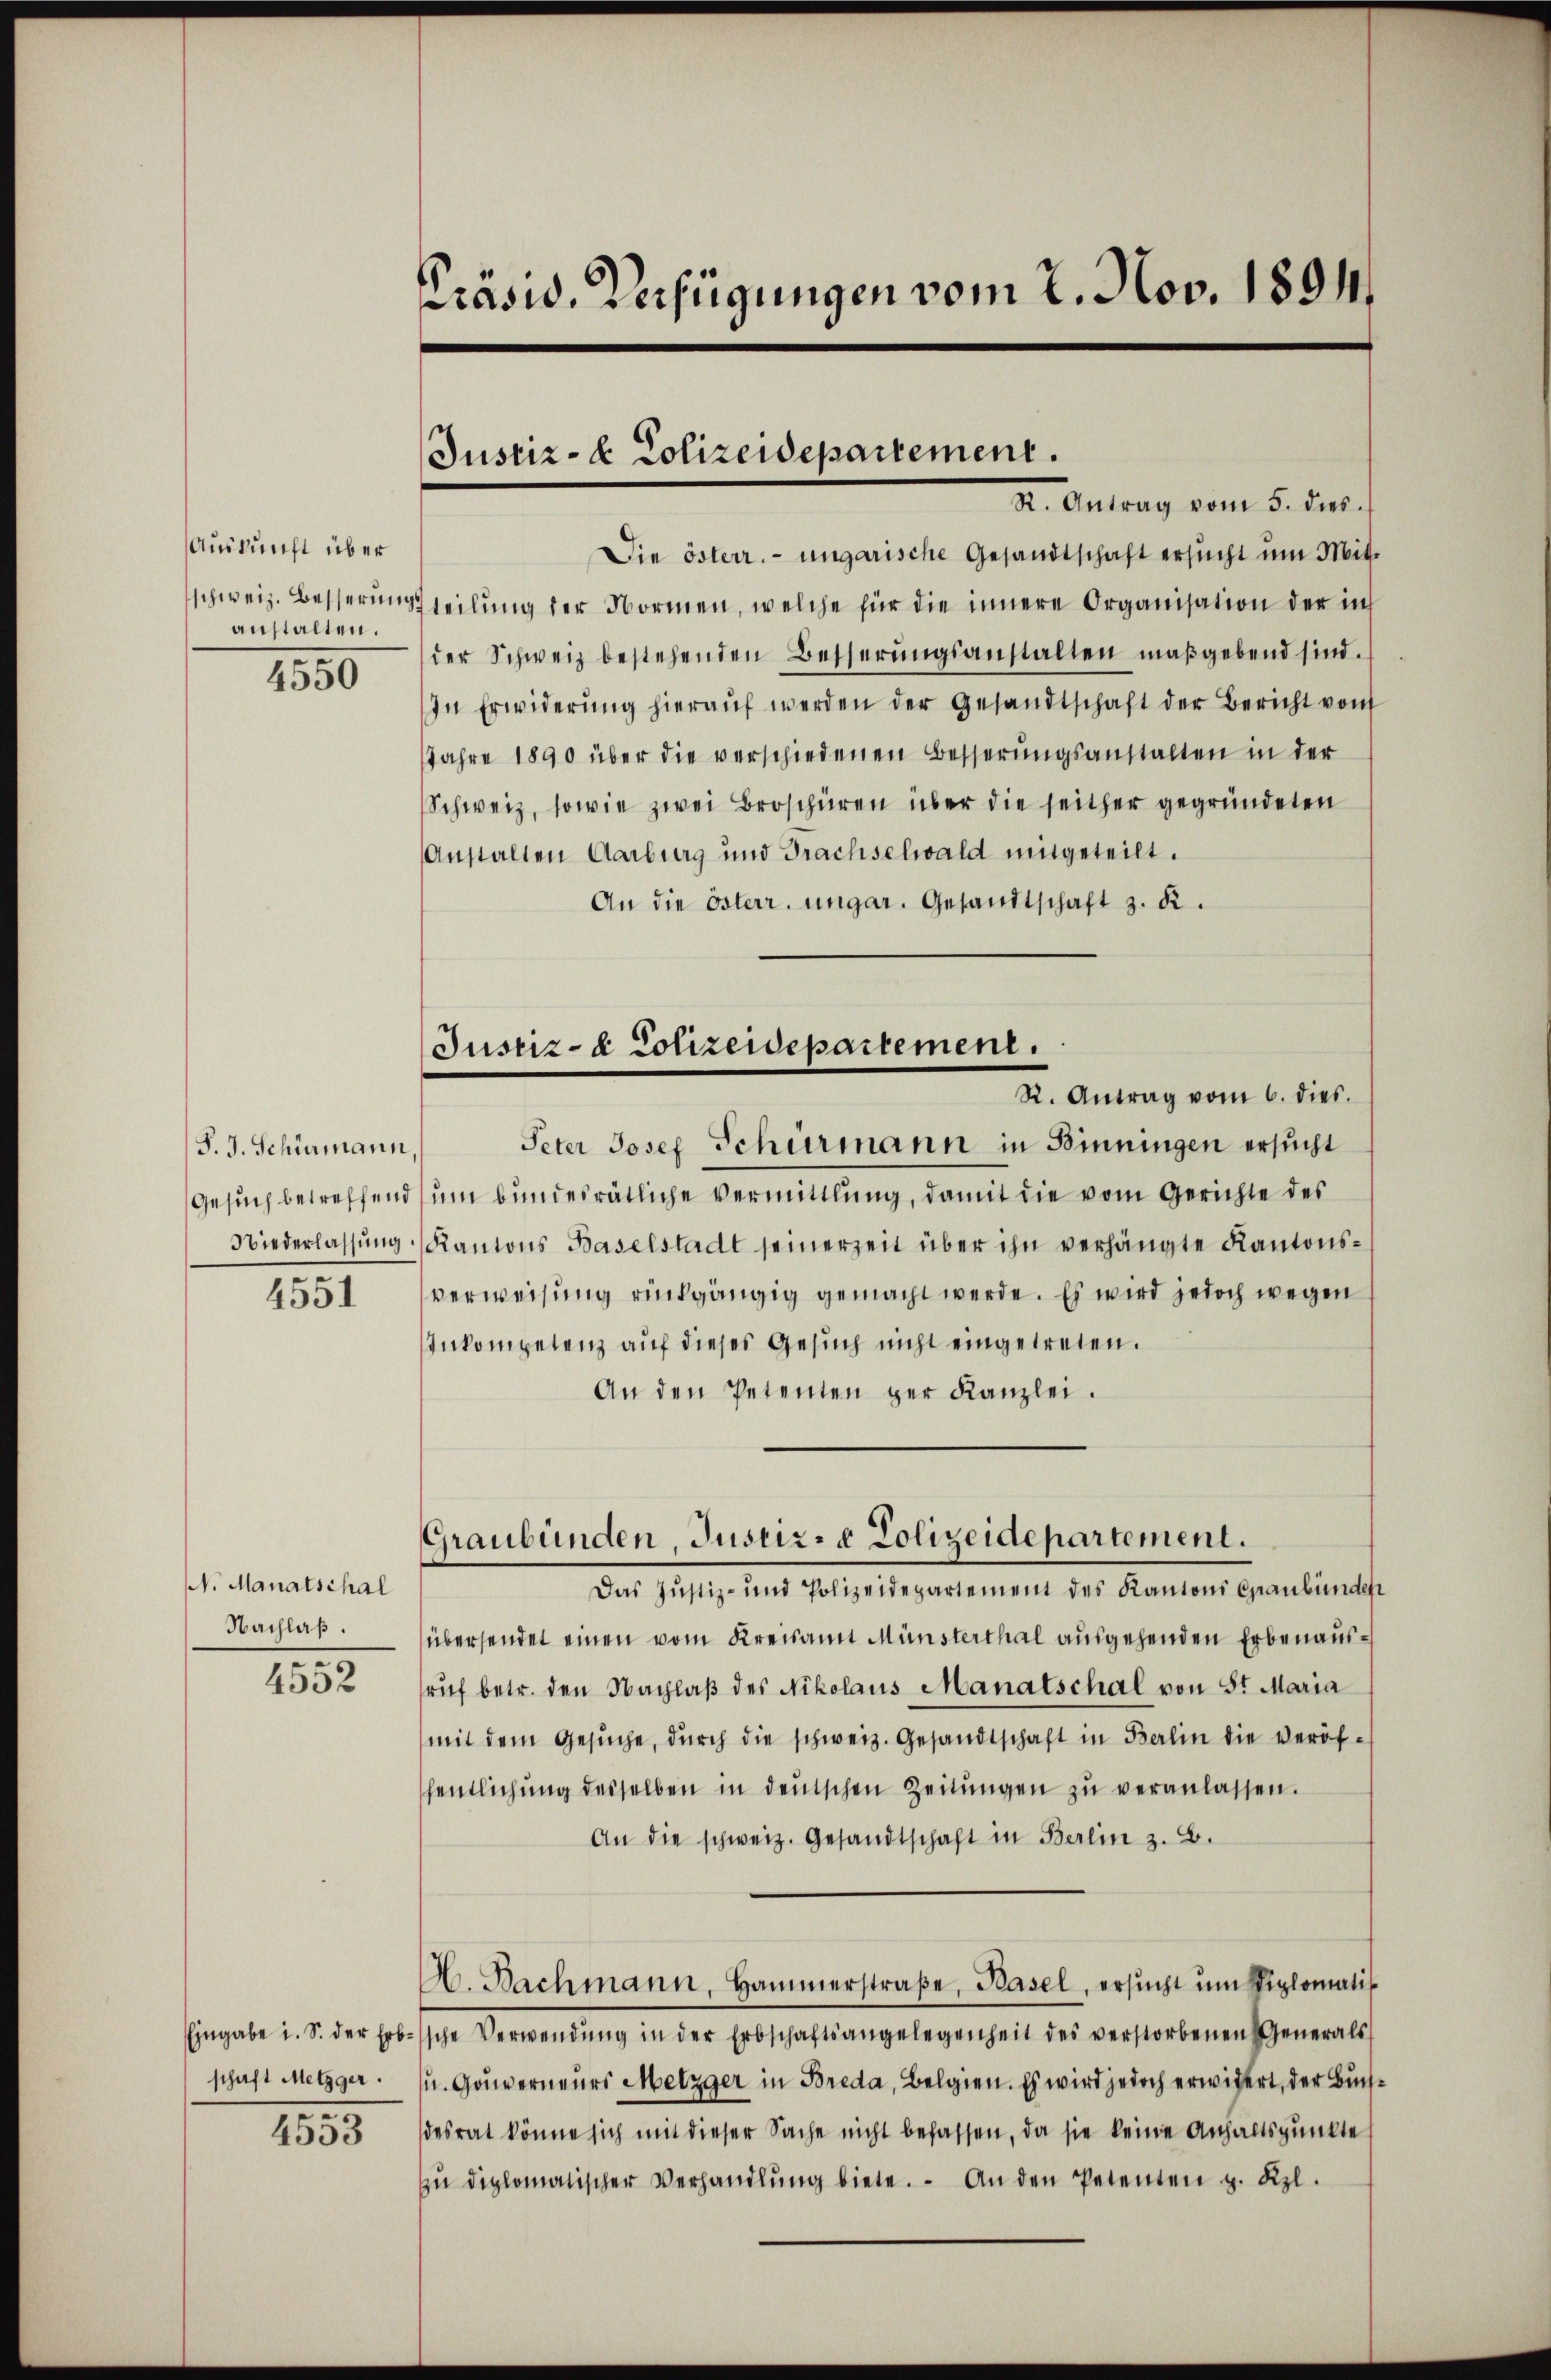
Auskunft über
schweiz. Besserungs
anstalten.

1550

P. J. Schönmann,
Gesuch betreffend
Niederlassung.

4551

N. Manatschal
Nachlaß.

4552

1355

Präsid. Verfügungen vom 2. Nov. 1894.

Justiz- & Polizeidepartement.
St. Antrag vom 5. dies

Die österr. ungarische Gesandtschaft ersucht um Mitteilung der Normen, welche für die innere Organisation der in
der Schweiz bestehenden Besserungsanstalten maßgebend sind.
In Erwiderŭng hieraŭf werden der Gesandtschaft der Bericht von
Jahre 1890 über die verschiedenen Besserungsanstalten in der
Schweiz, sowie zwei Broschüren über die seither gegründeten
Anstalten Aarburg und Trachselwald mitgeteilt.
An die österr. ungar. Gesandtschaft z. R.
Justiz- & Polizeidepartement.
R. Antrag vom 6. dies.
Peter Josef Schurmann in Binningen ersucht
ŭm bundesrätliche Vermittlung, damit die vom Gerichte des
Kantons Baselstadt seinerzeit über ihn verhängte Kantonsverweisung rückgängig gemacht werde. Es wird jedoch wegen
Inkompetenz auf dieses Gesuch nicht eingetreten.
An den Petenten der Kanzlei.

Graubünden, Justiz- & Polizeidepartement.

Das Justiz- und Polizeidepartement des Kantons Graubünden
übersendet einen vom Kreisamt Münsterthal ausgehenden Erbenausrŭf betr. den Nachlaβ des Nikolaus Manatschal von St. Maria
mit dem Gesŭche, dŭrch die schweiz. Gesandtschaft in Berlin die veröfhentlichŭng desselben in deutschen Zeitŭngen zŭ veranlassen.
An die schweiz. Gesandtschaft in Berlin z. B.
A. Bachmann, Hammerstraβe, Basel, ersŭcht ŭm diplomatis
Eingabe i. S. der Erbsche Verwendŭng in der Erbschaftsangelegenheit des verstorbenen Generals
schaft Metzger u. Gouverneurs Metzger in Breda, Belgien. Es wird jedoch erwidert, der Buchdesrat könne sich mit dieser Sache nicht befassen, da sie keine Anhaltspunkte
ŭ diplomatischer Verhandlŭng biete. An den Petenten z. Rpl.